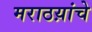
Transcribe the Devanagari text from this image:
मराठय़ांचे